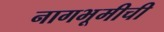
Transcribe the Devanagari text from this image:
नागभूमीची